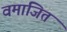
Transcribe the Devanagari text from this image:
वमाजित